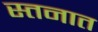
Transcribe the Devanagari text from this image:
स्तनात